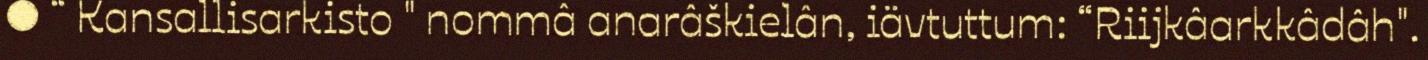
● “ Kansallisarkisto " nommâ anarâškielân, iävtuttum: “Riijkâarkkâdâh".